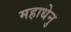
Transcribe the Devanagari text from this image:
महाधेनु